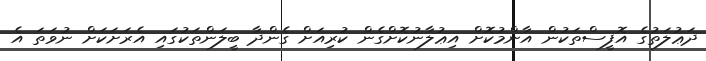
ދަޢުލަތުގެ އޮފީސްތަކުން އާންމުކޮށް އިޢުލާނުކޮށްގެން ކުރިއަށް ގެންދާ ބީލަންތަކުގައި އެރަށަކަށް ނުވަތަ އެ